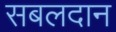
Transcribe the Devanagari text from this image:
सबलदान